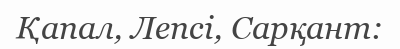
Қапал, Лепсі, Сарқант: